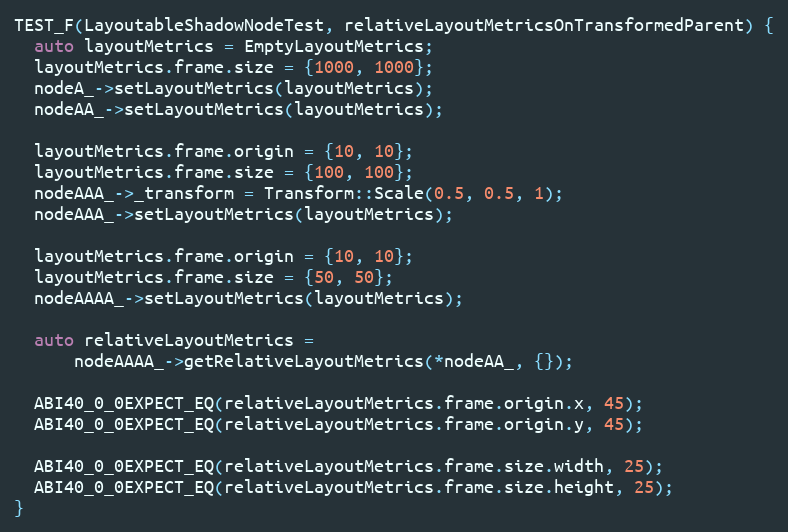
Language: C++
TEST_F(LayoutableShadowNodeTest, relativeLayoutMetricsOnTransformedParent) {
  auto layoutMetrics = EmptyLayoutMetrics;
  layoutMetrics.frame.size = {1000, 1000};
  nodeA_->setLayoutMetrics(layoutMetrics);
  nodeAA_->setLayoutMetrics(layoutMetrics);

  layoutMetrics.frame.origin = {10, 10};
  layoutMetrics.frame.size = {100, 100};
  nodeAAA_->_transform = Transform::Scale(0.5, 0.5, 1);
  nodeAAA_->setLayoutMetrics(layoutMetrics);

  layoutMetrics.frame.origin = {10, 10};
  layoutMetrics.frame.size = {50, 50};
  nodeAAAA_->setLayoutMetrics(layoutMetrics);

  auto relativeLayoutMetrics =
      nodeAAAA_->getRelativeLayoutMetrics(*nodeAA_, {});

  ABI40_0_0EXPECT_EQ(relativeLayoutMetrics.frame.origin.x, 45);
  ABI40_0_0EXPECT_EQ(relativeLayoutMetrics.frame.origin.y, 45);

  ABI40_0_0EXPECT_EQ(relativeLayoutMetrics.frame.size.width, 25);
  ABI40_0_0EXPECT_EQ(relativeLayoutMetrics.frame.size.height, 25);
}